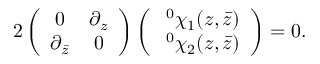
2 \left( \begin{array} { c c } { { 0 } } & { { \partial _ { z } } } \\ { { \partial _ { \bar { z } } } } & { { 0 } } \end{array} \right) \left( \begin{array} { c } { { \; ^ { 0 } \chi _ { 1 } ( z , \bar { z } ) } } \\ { { \; ^ { 0 } \chi _ { 2 } ( z , \bar { z } ) } } \end{array} \right) = 0 .